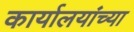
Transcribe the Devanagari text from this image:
कार्यालयांच्या